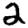
Digit: 2